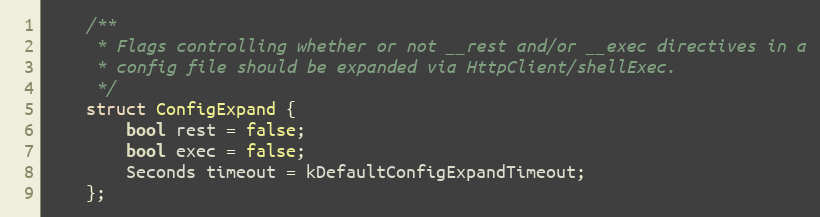
Language: C
    /**
     * Flags controlling whether or not __rest and/or __exec directives in a
     * config file should be expanded via HttpClient/shellExec.
     */
    struct ConfigExpand {
        bool rest = false;
        bool exec = false;
        Seconds timeout = kDefaultConfigExpandTimeout;
    };